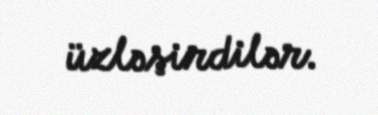
üzləşirdilər.